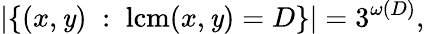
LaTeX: |\{ (x,\mathit{y})\; :\; \operatorname{lcm}(x,\mathit{y})=D\} |=3^{\omega(D)},